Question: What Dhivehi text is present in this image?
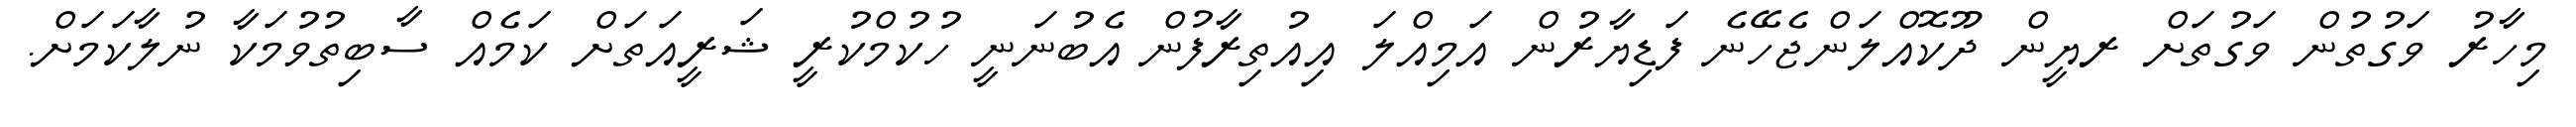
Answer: މިހާރު ވަގުތުން ވަގުތަށް ރޔީން ދޫކޮއްލަންޖެހޭނެ ފަޑިޔާރުން އަމިއްލަ އިއުތިރާފުން އެބުނަނީ ހުކުމްކުރީ ޝަރީއަތަށް ކަމެއް ސާބިތުވުމަކާ ނުލާކަމަށް.